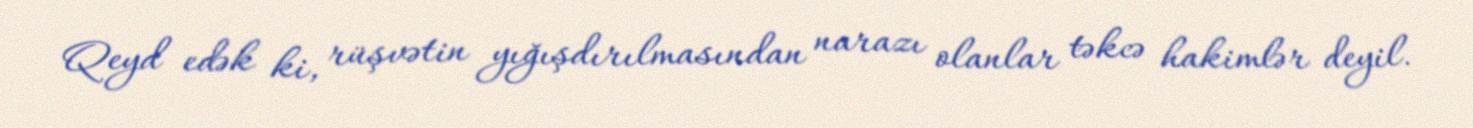
Qeyd edək ki, rüşvətin yığışdırılmasından narazı olanlar təkcə hakimlər deyil.